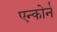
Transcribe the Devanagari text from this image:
एन्कोर्न